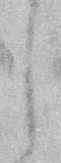
し